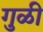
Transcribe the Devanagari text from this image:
गुळी